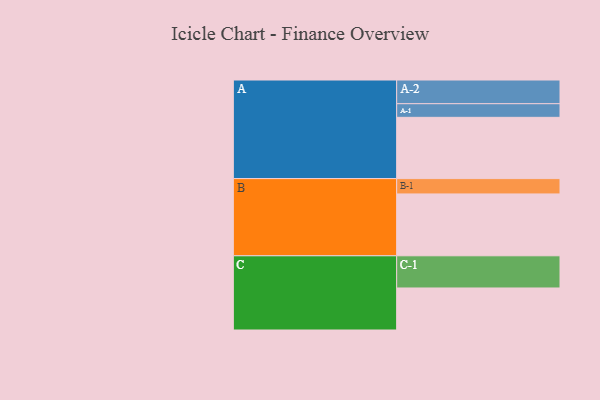
{"axis": {"x": "Segment", "y": "Value"}, "legend": ["", "A", "B", "C"], "data": [{"x": "A", "y": 535, "type": ""}, {"x": "B", "y": 540, "type": ""}, {"x": "C", "y": 367, "type": ""}, {"x": "A-1", "y": 119, "type": "A"}, {"x": "A-2", "y": 207, "type": "A"}, {"x": "B-1", "y": 134, "type": "B"}, {"x": "C-1", "y": 281, "type": "C"}]}